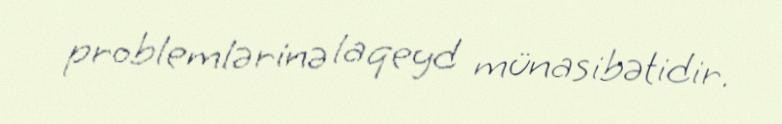
problemlərinə laqeyd münasibətidir.